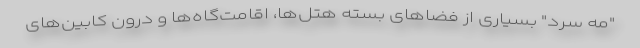
"مه سرد" بسیاری از فضاهای بسته هتل‌ها، اقامت‌گاه‌ها و درون کابین‌های